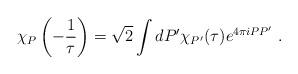
LaTeX: \begin{align*}\chi_{P} \left(- \frac{1}{\tau} \right) = \sqrt{2} \int d P' \chi_{P'} (\tau) e^{4 \pi i P P'} ~.\end{align*}